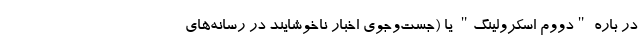
در باره "دووم اسکرولینگ" یا (جست‌و‌جوی اخبار ناخوشایند در رسانه‌های